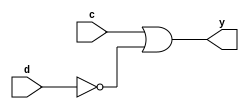
module clb_gh(
	input c,
	input d,
	output y
);

	wire f;
	
	assign f = c | ~d;
	assign y = f;
	
endmodule